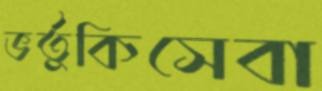
ভর্তুকিসেবা